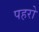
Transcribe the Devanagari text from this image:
पहरो